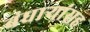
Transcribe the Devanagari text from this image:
बंधार्‍यांसह